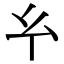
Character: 𢆯